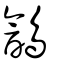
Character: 䳺